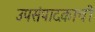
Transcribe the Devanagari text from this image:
उपसंपादकाची